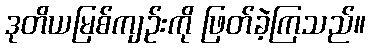
ဒုတိယမြစ်ကျဉ်းကို ဖြတ်ခဲ့ကြသည်။